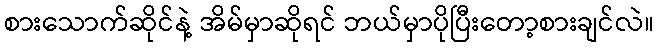
စားသောက်ဆိုင်နဲ့ အိမ်မှာဆိုရင် ဘယ်မှာပိုပြီးတော့စားချင်လဲ။